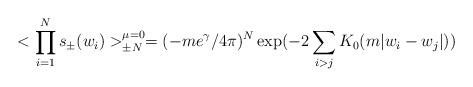
LaTeX: \begin{align*}<\prod_{i=1}^{N} s_\pm(w_i)>_{\pm N}^{\mu = 0} = (-m e^\gamma/4\pi)^N\exp (-2 \sum_{i > j} K_0(m \vert w_i - w_j \vert) )\end{align*}